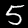
Digit: 5